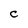
Character: c